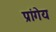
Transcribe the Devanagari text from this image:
प्रांगेय